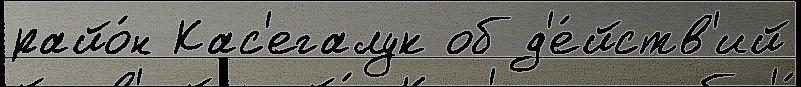
райо́н Кас'егалук об д'е́йств'ий